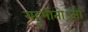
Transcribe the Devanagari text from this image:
राहुभीतोऽसौ